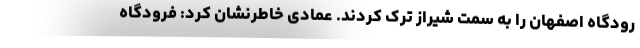
رودگاه اصفهان را به سمت شیراز ترک کردند. عمادی خاطرنشان کرد: فرودگاه